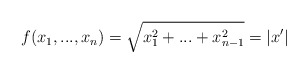
\begin{align*}f(x_1,...,x_n)=\sqrt{x_1^2+...+x_{n-1}^2}=|x'|\end{align*}